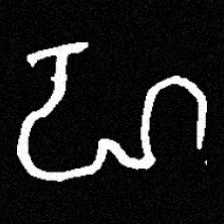
Pyu character \u2014 Myanmar letter: ဟ (romanized: ha)